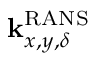
\mathbf { k } _ { x , y , \delta } ^ { \mathrm { R A N S } }